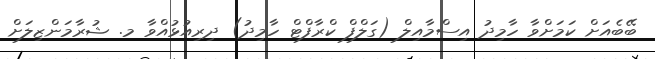
ބޭބެއަށް ކަމަށްވާ ހާމިދު އިސްމާއިލް (ގަލްފް ކްރާފްޓް ހާމިދު) ދިރިއުޅުއްވާ މ. ޝުރާމަންޒިލަށް